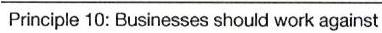
Principle 10: Businesses should work against